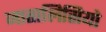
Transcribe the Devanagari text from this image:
नातालिसियो